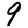
Digit: 9